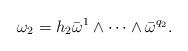
LaTeX: \begin{align*}\omega _{2}=h_{2}\bar{\omega}^{1}\wedge \cdots \wedge \bar{\omega}^{q_2}.\end{align*}